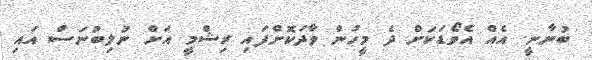
ބުނާނީ. އެއް އެވޯޑަކަށް ދެ މީހުން ވާދަކޮށްފައި ރިޝްމީ އަށް ނުލިބުނަސް އައި